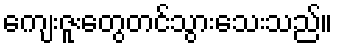
ကျေးဇူးတွေတင်သွားသေးသည်။